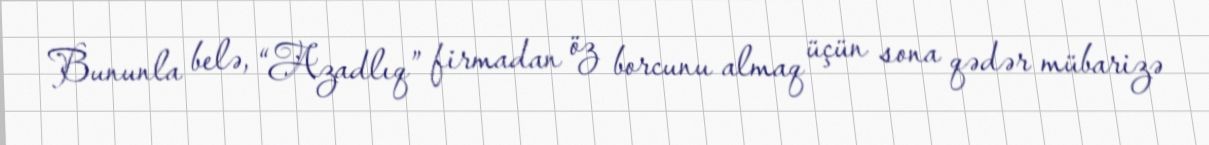
Bununla belə, “Azadlıq” firmadan öz borcunu almaq üçün sona qədər mübarizə